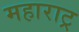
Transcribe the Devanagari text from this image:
महाराट्र